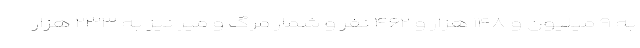
به ۹ میلیون و ۱۴۸ هزار و ۴۶۲ نفر و شمار مرگ و میر نیز به ۲۳۳ هزار